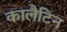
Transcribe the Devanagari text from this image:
कालैटिन